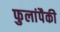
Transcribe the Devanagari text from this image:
फुलांपैकी